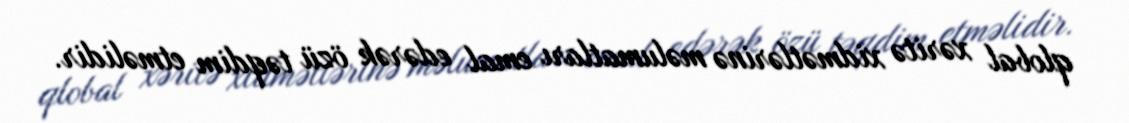
qlobal xəritə xidmətlərinə məlumatları emal edərək özü təqdim etməlidir.